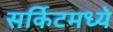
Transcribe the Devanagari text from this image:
सर्किटमध्ये